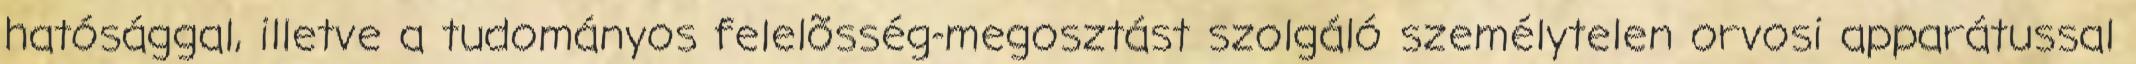
hatósággal, illetve a tudományos felelõsség-megosztást szolgáló személytelen orvosi apparátussal